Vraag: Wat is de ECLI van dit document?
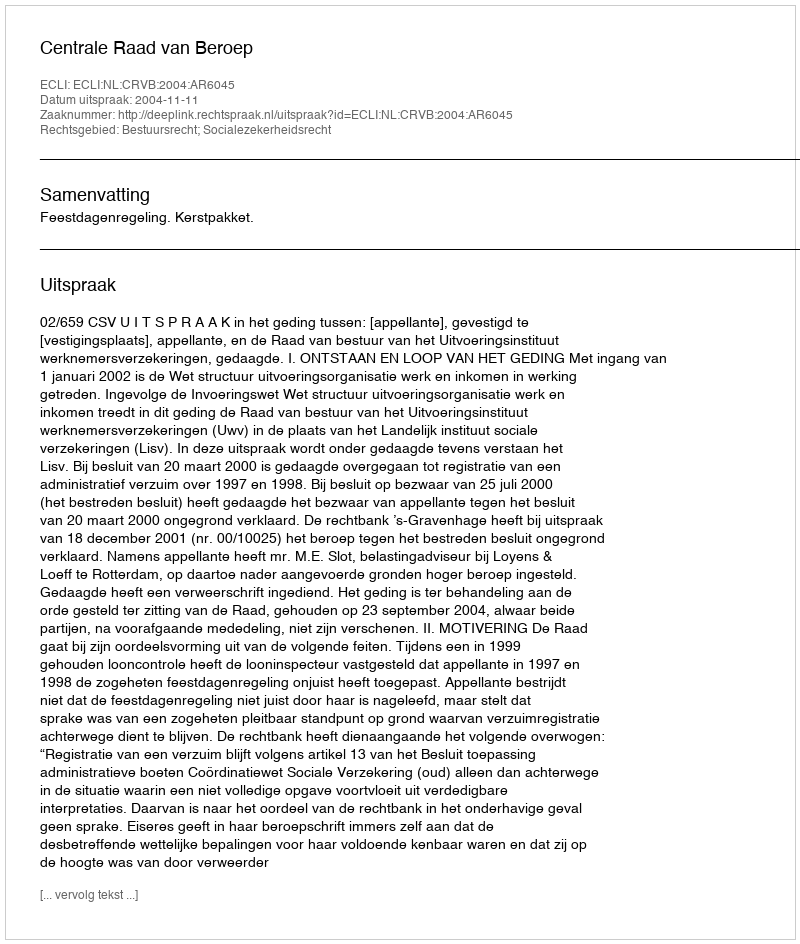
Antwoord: ECLI:NL:CRVB:2004:AR6045